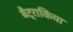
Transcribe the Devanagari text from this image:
बैट्राकिया